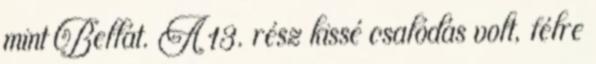
mint Bellát. A 13. rész kissé csalódás volt, félre